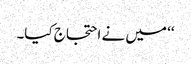
‘‘ میں نے احتجاج کیا۔